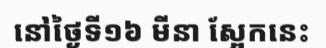
នៅថ្ងៃទី១៦ មីនា ស្អែកនេះ